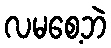
လမစေ့ဘဲ